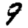
Digit: 9